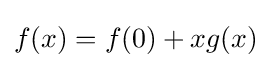
f(x)=f(0)+xg(x)